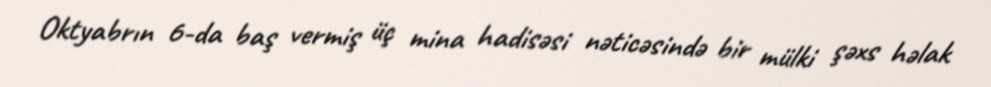
Oktyabrın 6-da baş vermiş üç mina hadisəsi nəticəsində bir mülki şəxs həlak